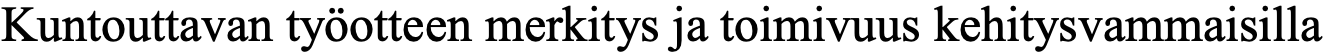
Kuntouttavan työotteen merkitys ja toimivuus kehitysvammaisilla